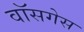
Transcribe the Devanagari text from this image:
वॉसगेस